Report of the Indian Hemp Drugs Commission, 1894-1895 - Volume IV
Year: 1894
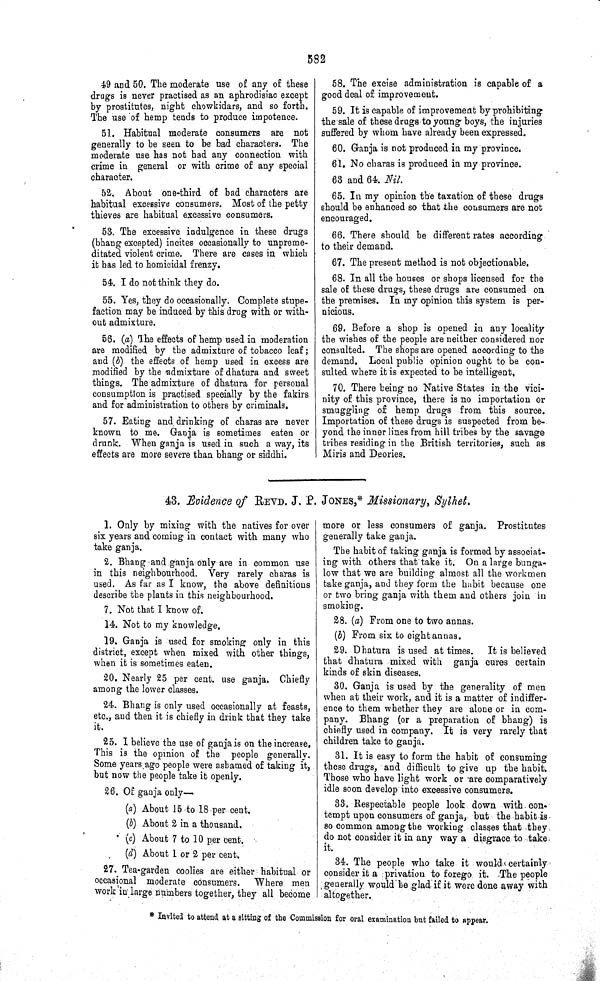
582
49 and 50. The moderate use of any of these
drugs is never practised as an aphrodisiac except
by prostitutes, night chowkidars, and so forth.
The use of hemp tends to produce impotence.
51. Habitual moderate consumers are not
generally to be seen to be bad characters. The
moderate use has not had any connection with
crime in general or with crime of any special
character.
52. About one-third of bad characters are
habitual excessive consumers. Most of the petty
thieves are habitual excessive consumers.
53. The excessive indulgence in these drugs
(bhang excepted) incites occasionally to unpreme-
ditated violent crime. There are cases in which
it has led to homicidal frenzy.
54. I do not think they do.
55. Yes, they do occasionally. Complete stupe-
faction may be induced by this drug with or with-
out admixture.
56. (a) The effects of hemp used in moderation
are modified by the admixture of tobacco leaf;
and (b) the effects of hemp used in excess are
modified by the admixture of dhatura and sweet
things. The admixture of dhatura for personal
consumption is practised specially by the fakirs
and for administration to others by criminals.
57. Eating and drinking of charas are never
known to me. Ganja is sometimes eaten or
drunk. When ganja is used in such a way, its
effects are more severe than bhang or siddhi.
58. The excise administration is capable of a
good deal of improvement.
59. It is capable of improvement by prohibiting
the sale of these drugs to young boys, the injuries
suffered by whom have already been expressed.
60. Ganja is not produced in my province.
61. No charas is produced in my province.
63 and 64. Nil.
65. In my opinion the taxation of these drugs
should be enhanced so that the consumers are not
encouraged.
66. There should be different rates according
to their demand.
67. The present method is not objectionable.
68. In all the houses or shops licensed for the
sale of these drugs, these drugs are consumed on
the premises. In my opinion this system is per-
nicious.
69. Before a shop is opened in any locality
the wishes of the people are neither considered nor
consulted. The shops are opened according to the
demand. Local public opinion ought to be con-
sulted where it is expected to be intelligent.
70. There being no Native States in the vici-
nity of this province, there is no importation or
smuggling of hemp drugs from this source.
Importation of these drugs is suspected from be-
yond the inner lines from hill tribes by the savage
tribes residing in the British territories, such as
Miris and Deories.
43. Evidence of REVD. J. P. JONES,* Missionary, Sylhet.
1. Only by mixing with the natives for over
six years and coming in contact with many who
take ganja.
2. Bhang and ganja only are in common use
in this neighbourhood. Very rarely charas is
used. As far as I know, the above definitions
describe the plants in this neighbourhood.
7. Not that I know of.
14. Not to my knowledge.
19. Ganja is used for smoking only in this
district, except when mixed with other things,
when it is sometimes eaten.
20. Nearly 25 per cent. use ganja. Chiefly
among the lower classes.
24. Bhang is only used occasionally at feasts,
etc., and then it is chiefly in drink that they take
it.
25. I believe the use of ganja is on the increase.
This is the opinion of the people generally.
Some years ago people were ashamed of taking it,
but now the people take it openly.
26. Of ganja only—
(a) About 15 to 18 per cent.
(b) About 2 in a thousand.
(c) About 7 to 10 per cent.
(d) About 1 or 2 per cent.
27. Tea-garden coolies are either habitual or
occasional moderate consumers. Where men
work in large numbers together, they all become
more or less consumers of ganja. Prostitutes
generally take ganja.
The habit of taking ganja is formed by associat-
ing with others that take it. On a large bunga-
low that we are building almost all the workmen
take ganja, and they form the habit because one
or two bring ganja with them and others join in
smoking.
28. (a) From one to two annas.
(b) From six to eight annas.
29. Dhatura is used at times.
It is believed
that dhatura mixed with ganja cures certain
kinds of skin diseases.
30. Ganja is used by the generality of men
when at their work, and it is a matter of indiffer-
ence to them whether they are alone or in com-
pany. Bhang (or a preparation of bhang) is
chiefly used in company. It is very rarely that
children take to ganja.
31. It is easy to form the habit of consuming
these drugs, and difficult to give up the habit.
Those who have light work or are comparatively
idle soon develop into excessive consumers.
33. Respectable people look down with con-
tempt upon consumers of ganja, but the habit is
so common among the working classes that they
do not consider it in any way a disgrace to take
it.
34. The people who take it would certainly
consider it a privation to forego it. The people
generally would be glad if it were done away with
altogether.
* Invited to attend at a sitting of the Commission for oral examination but failed to appear.